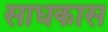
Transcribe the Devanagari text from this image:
साधकास